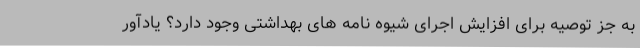
به جز توصیه برای افزایش اجرای شیوه نامه های بهداشتی وجود دارد؟ یادآور